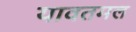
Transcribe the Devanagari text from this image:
यावतमल